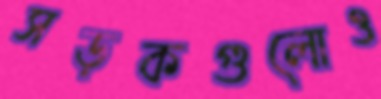
সড়কগুলোও